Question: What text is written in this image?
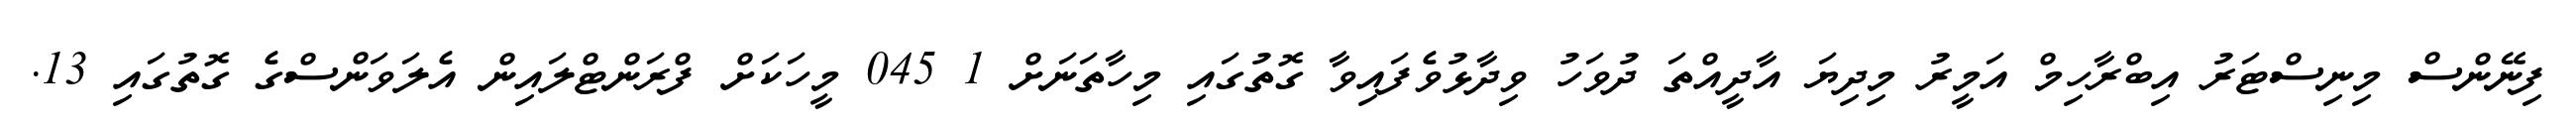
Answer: ފިނޭންސް މިނިސްޓަރު އިބްރާހިމް އަމީރު މިދިޔަ އާދީއްތަ ދުވަހު ވިދާޅުވެފައިވާ ގޮތުގައި މިހާތަނަށް 1 045 މީހަކަށް ފްރަންޓްލައިން އެލަވަންސްގެ ގޮތުގައި 13.